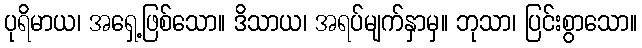
ပုရိမာယ၊ အရှေ့ဖြစ်သော။ ဒိသာယ၊ အရပ်မျက်နှာမှ။ ဘုသာ၊ ပြင်းစွာသော။